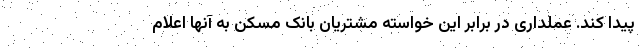
پیدا کند. عملداری در برابر این خواسته مشتریان بانک مسکن به آنها اعلام